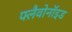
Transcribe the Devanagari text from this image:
फ्लैवोनॉइड